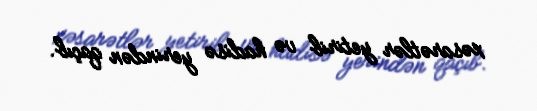
xəsarətlər yetirib və hadisə yerindən qaçıb.